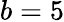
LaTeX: b=5